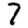
Digit: 7